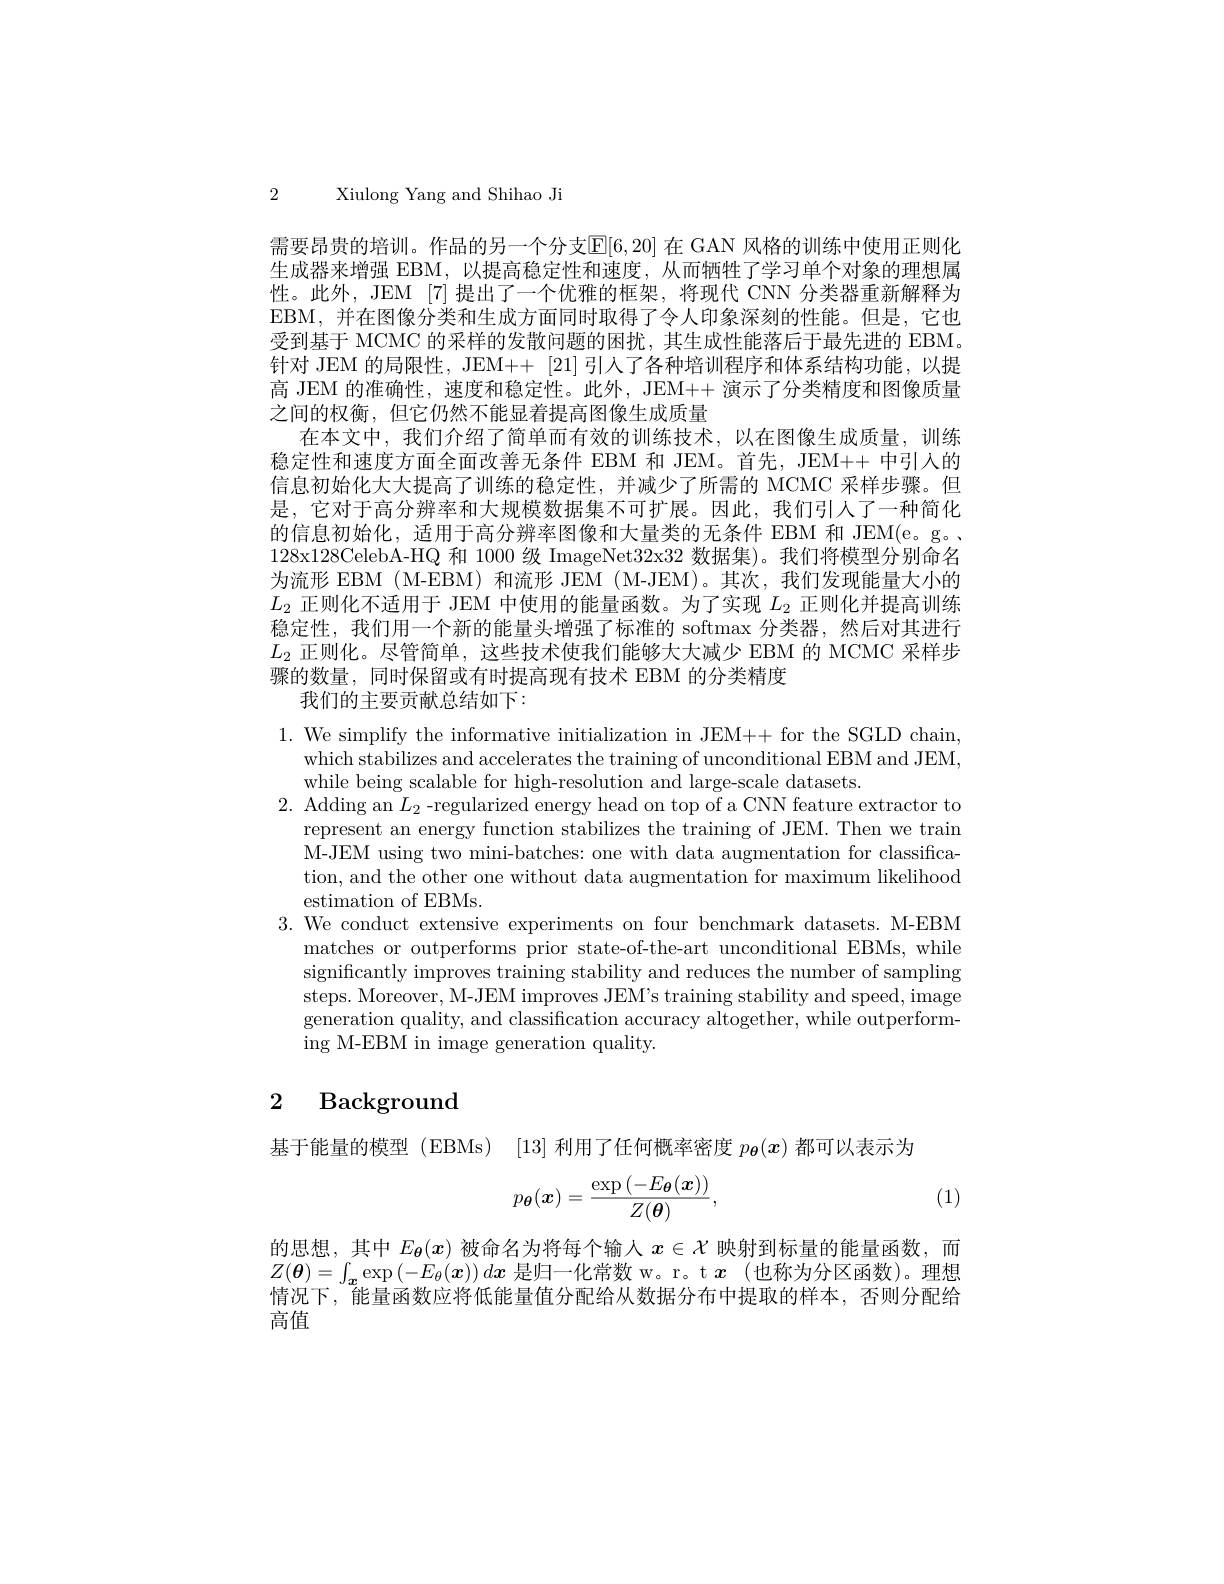
2 Xiulong Yang and Shihao Ji

需要昂贵的培训。作品的另一个分支$\mathbb{E}[6,20]$ 在 GAN 风格的训练中使用正则化生成器来增强 EBM,以提高稳定性和速度，从而牺牲了学习单个对象的理想属性。此外，JEM [7] 提出了一个优雅的框架，将现代 CNN 分类器重新解释为EBM,并在图像分类和生成方面同时取得了令人印象深刻的性能。但是，它也受到基于 MCMC 的采样的发散问题的困扰，其生成性能落后于最先进的 EBM。针对 JEM 的局限性，JEM++ [21] 引人了各种培训程序和体系结构功能，以提高 JEM 的准确性，速度和稳定性。此外，JEM++ 演示了分类精度和图像质量之间的权衡，但它仍然不能显着提高图像生成质量
在本文中，我们介绍了简单而有效的训练技术，以在图像生成质量，训练稳定性和速度方面全面改善无条件 EBM 和 JEM。首先，JEM++ 中引入的信息初始化大大提高了训练的稳定性，并减少了所需的 MCMC 采样步骤。但是，它对于高分辨率和大规模数据集不可扩展。因此，我们引人了一种简化的信息初始化，适用于高分辨率图像和大量类的无条件 EBM 和 JEM(e。g。、 128x128CelebA-HQ 和 1000 级 ImageNet32x32 数据集)。我们将模型分别命名为流形 EBM (M-EBM) 和流形 JEM (M-JEM)。其次，我们发现能量大小的$L_2$正则化不适用于 JEM 中使用的能量函数。为了实现$L_2$正则化并提高训练稳定性，我们用一个新的能量头增强了标准的 softmax 分类器，然后对其进行$L_2$正则化。尽管简单，这些技术使我们能够大大减少 EBM 的 MCMC 采样步骤的数量，同时保留或有时提高现有技术 EBM 的分类精度
我们的主要贡献总结如下：

1. We simplify the informative initialization in JEM++ for the SGLD chain,
which stabilizes and accelerates the training of unconditional EBM and JEM,
while being scalable for high-resolution and large-scale datasets.
2. Adding an $L_2$ -regularized energy head on top of a CNN feature extractor to
represent an energy function stabilizes the training of JEM. Then we train M-JEM using two mini-batches: one with data augmentation for classification, and the other one without data augmentation for maximum likelihood estimation of EBMs.
3. We conduct extensive experiments on four benchmark datasets. M-EBM
matches or outperforms prior state-of-the-art unconditional EBMs, while significantly improves training stability and reduces the number of sampling steps. Moreover, M-JEM improves JEM's training stability and speed, image generation quality, and classification accuracy altogether, while outperforming M-EBM in image generation quality.

# 2 Background

基于能量的模型 (EBMs) [13] 利用了任何概率密度$p_{\boldsymbol{\theta}}(x)$都可以表示为
$$p_{\boldsymbol{\theta}}(\boldsymbol{x})=\frac{\exp\left(-E_{\boldsymbol{\theta}}(\boldsymbol{x})\right)}{Z(\boldsymbol{\theta})},$$
(1)

的思想，其中$E_{\boldsymbol{\theta}}(x)$被命名为将每个输人$x\in\mathcal{X}$映射到标量的能量函数，而$Z(\boldsymbol{\theta})=\int_{\boldsymbol{x}}\exp\left(-E_{\theta}(x)\right)dx$是归一化常数 w。r。t $x$ (也称为分区函数)。理想情况下，能量函数应将低能量值分配给从数据分布中提取的样本，否则分配给高值